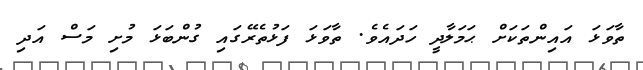
ތާވަޅަ އައިންތަކަށް ޙަމަލާދީ ހަދައެވެ. ތާވަޅަ ފަޅުތެރޭގައި ގުންބަޅަ މުށި މަސް އަދި